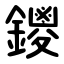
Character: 鑁